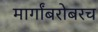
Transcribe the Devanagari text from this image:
मार्गांबरोबरच